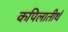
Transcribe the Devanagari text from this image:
कपिलातीर्थ